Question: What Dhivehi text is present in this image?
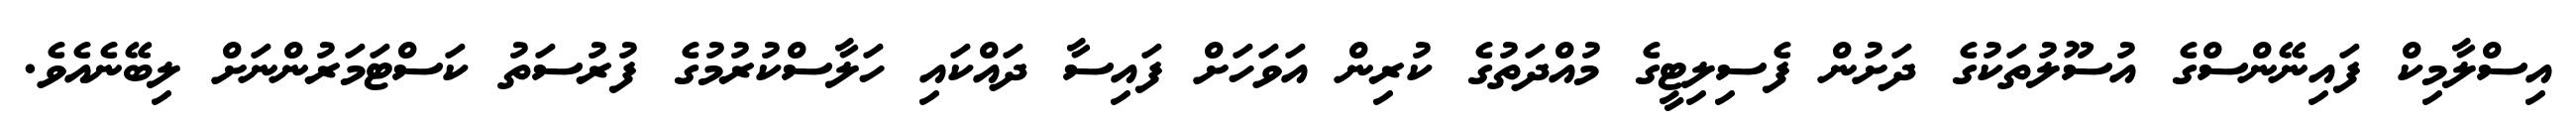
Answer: އިސްލާމިކް ފައިނޭންސްގެ އުސޫލުތަކުގެ ދަށުން ފެސިލިޓީގެ މުއްދަތުގެ ކުރިން އަވަހަށް ފައިސާ ދައްކައި ހަލާސްކުރުމުގެ ފުރުސަތު ކަސްޓަމަރުންނަށް ލިބޭނެއެވެ.